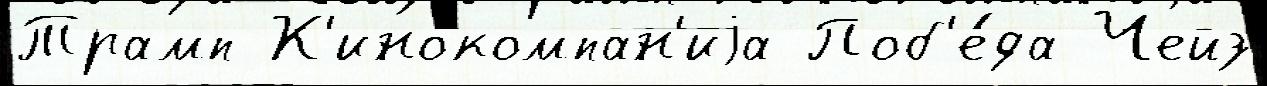
Трамп К'инокомпан'иjа Поб'е́да Чейз